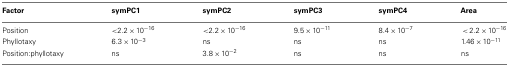
| Factor | symPC1 | symPC2 | symPC3 | symPC4 | Area |
 | --- | --- | --- | --- | --- | --- |
 | Position | <2.2 × 10−16 | <2.2 × 10−16 | 9.5 × 10−11 | 8.4 × 10−7 | < 2.2 × 10−16 |
 | Phyllotaxy | 6.3 × 10−3 | ns | ns | ns | 1.46 × 10−11 |
 | Position:phyllotaxy | ns | 3.8 × 10−2 | ns | ns | ns |